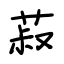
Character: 菽